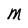
Character: M